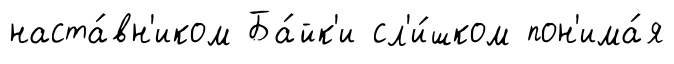
наста́вн'иком Ба́йк'и сл'и́шком пон'има́я